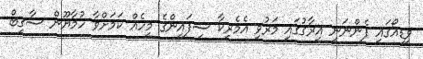
ވީޑިއޯގައި ފެންނަނީ އިރާޤުގައި މަރުވި އެމެރިކާ ސިފައިންގެ މީހެއް ކަމަށްވާ ހުމާޔޫން ސާޤިބް